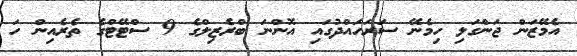
އެމޭޒަން ޖަންގަލި ހިމެނޭ ސަރަހައްދުގައި އޮންނަ ބްރެޒިލްގެ 9 ސްޓޭޓްގެ ތެރެއިން ހަ